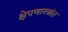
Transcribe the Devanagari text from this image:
क्षेपणास्त्रांत